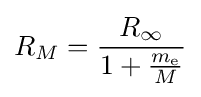
R_{M}={\frac {R_{\infty }}{1+{\frac {m_{\text{e}}}{M}}}}